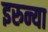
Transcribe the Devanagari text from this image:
इरुन्या